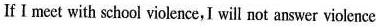
If I meet with school violence,I will not answer violence